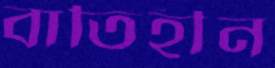
বাতিহীন